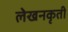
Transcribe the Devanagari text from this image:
लेखनकृती